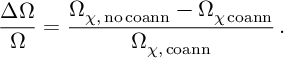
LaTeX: \frac { \Delta \Omega } { \Omega } = \frac { \Omega _ { \chi , \, \mathrm { { n o \, c o a n n } } } - \Omega _ { \chi \, \mathrm { { c o a n n } } } } { \Omega _ { \chi , \, \mathrm { { c o a n n } } } } \, .